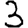
Digit: 3